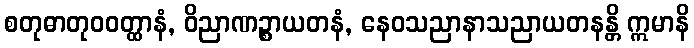
စတုဓာတုဝဝတ္ထာနံ, ဝိညာဏဉ္စာယတနံ, နေဝသညာနာသညာယတနန္တိ ဣမာနိ